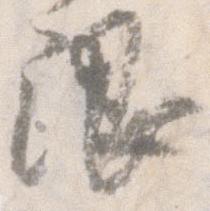
限